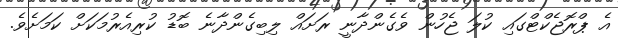
އެ ޕްރޮޖެކްޓްގައި ކުލަ ޖެހުން ވެގެންދާނީ ރަށައް ލިބިގެންދާނެ ބޮޑު ކުރިއެރުމަކަށް ކަމަށެވެ.